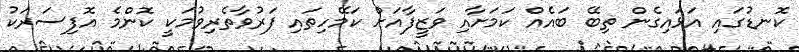
ކޮނޑުގައި އަޅައިގެން ތިބޭ ބައެއް ކަމަށާއި ވަޒީފާއަށް ކަމޭހިތައި ފަރުވާތެރިވުމަކީ ކޮންމެ އޮފިސަރަކު